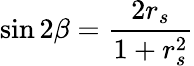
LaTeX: \sin 2\beta=\frac{2r_{s}}{1+r_{s}^{2}}